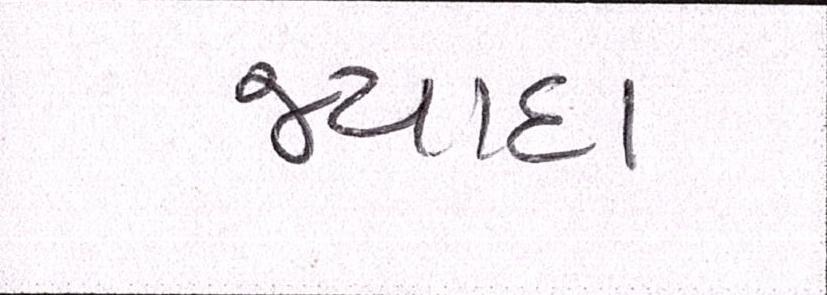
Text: જ્યાદા